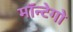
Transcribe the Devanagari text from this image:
मॉन्टेगो